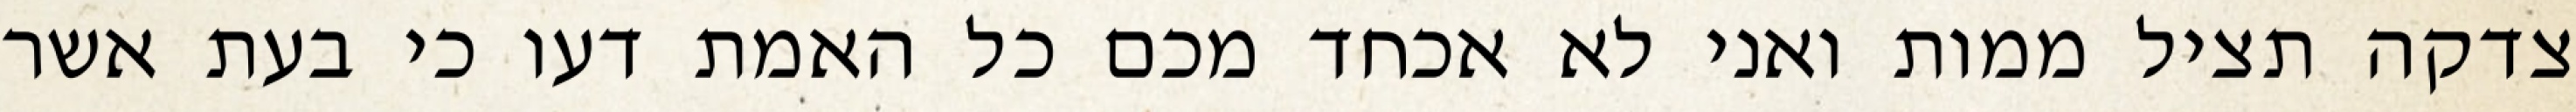
צדקה תציל ממות ואני לא אכחד מכם כל האמת דעו כי בעת אשר